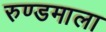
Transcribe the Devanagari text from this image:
रुण्डमाला